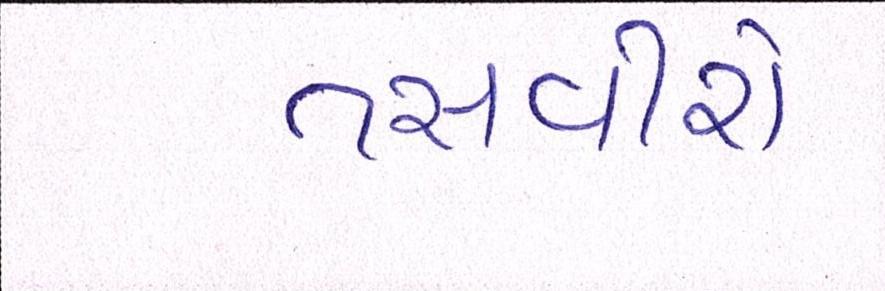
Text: તસવીરો